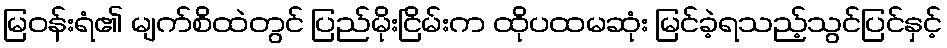
မြဝန်းရံ၏ မျက်စိထဲတွင် ပြည်မိုးငြိမ်းက ထိုပထမဆုံး မြင်ခဲ့ရသည့်သွင်ပြင်နှင့်